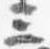
三